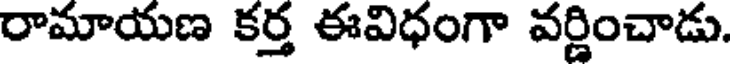
రామాయణ కర్త ఈవిధంగా వర్ణించాడు.